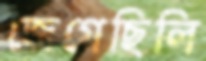
জেগেছিলি